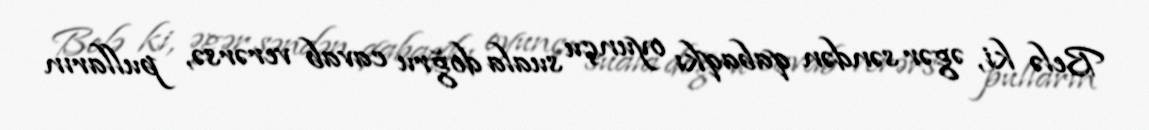
Belə ki, əgər səndən qabaqkı oyunçu suala doğru cavab verərsə, pulların